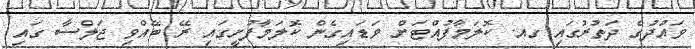
ވައުދުގެ ދަތުރުގައި ގއ. ކޮލަމާފުއްޓަށް ވަޑައިގެން ކޮލަމާފުށީގައި ރޭ ބޭއްވި ޖަލްސާ ގައި